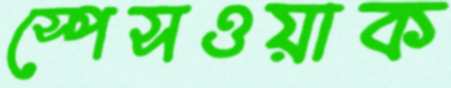
স্পেসওয়াক